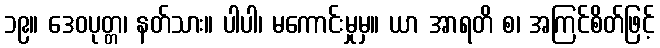
၁၉။ ဒေဝပုတ္တ၊ နတ်သား။ ပါပါ၊ မကောင်းမှုမှ။ ယာ အာရတိ စ၊ အကြင်စိတ်ဖြင့်